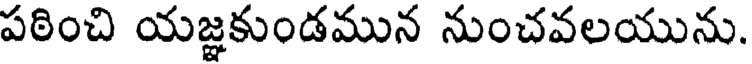
పఠించి యజ్ఞకుండమున నుంచవలయును.